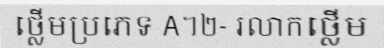
ថ្លើមប្រភេទ A។២- រលាកថ្លើម